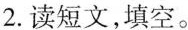
2.读短文，填空。